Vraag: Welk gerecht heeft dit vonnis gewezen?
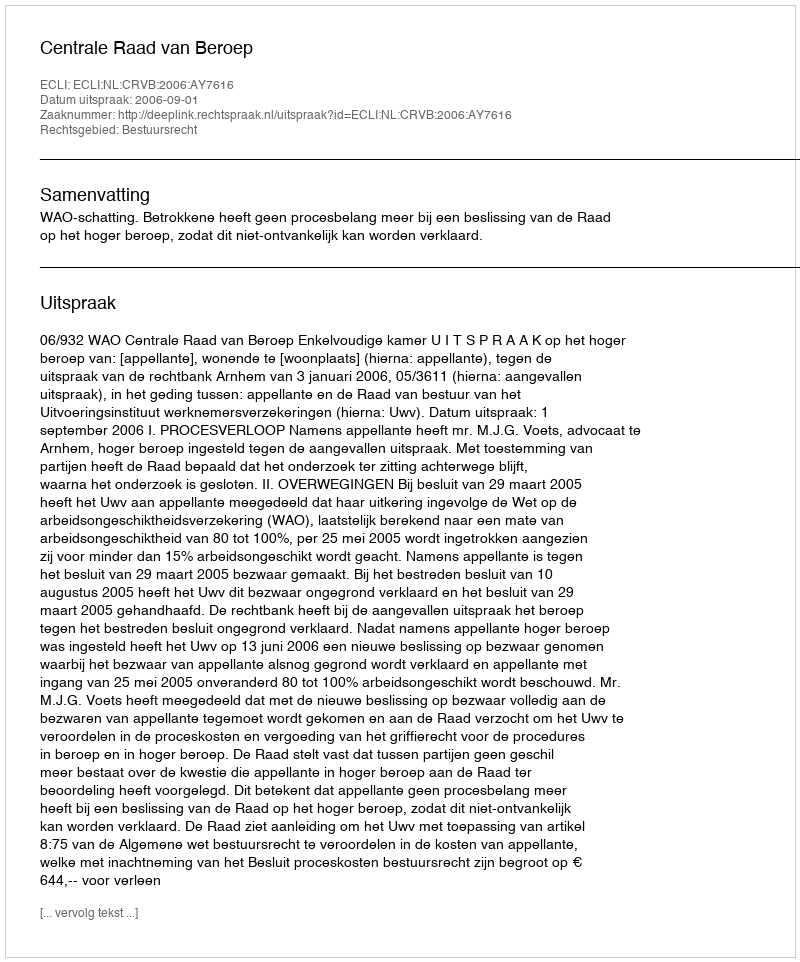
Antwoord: Centrale Raad van Beroep